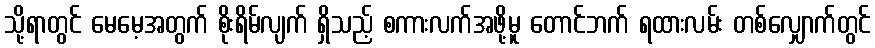
သို့ရာတွင် မေမေ့အတွက် စိုးရိမ်လျက် ရှိသည့် စကားလက်အဖို့မူ တောင်ဘက် ရထားလမ်း တစ်လျှောက်တွင်